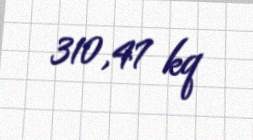
310,47 kq